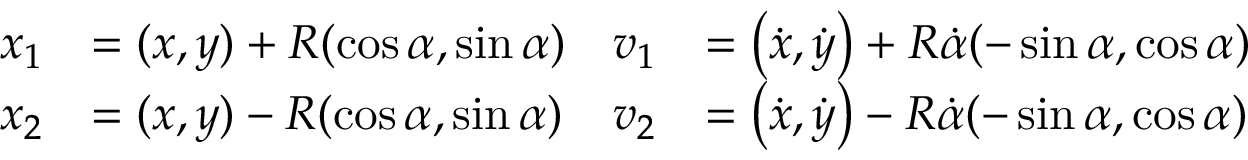
{ \begin{array} { r l r l } { x _ { 1 } } & { = ( x , y ) + R ( \cos \alpha , \sin \alpha ) } & { v _ { 1 } } & { = \left( { \dot { x } } , { \dot { y } } \right) + R { \dot { \alpha } } ( - \sin \alpha , \cos \alpha ) } \\ { x _ { 2 } } & { = ( x , y ) - R ( \cos \alpha , \sin \alpha ) } & { v _ { 2 } } & { = \left( { \dot { x } } , { \dot { y } } \right) - R { \dot { \alpha } } ( - \sin \alpha , \cos \alpha ) } \end{array} }